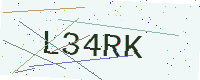
Text: L34RK